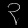
Digit: ၃